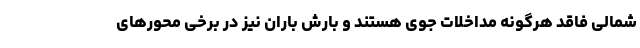
شمالی فاقد هرگونه مداخلات جوی هستند و بارش باران نیز در برخی محورهای